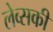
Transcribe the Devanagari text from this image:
लेव्‍सकी